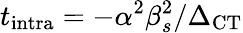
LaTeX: t_{\textrm{intra}}=-\alpha^{2}\beta_{s}^{2}/\Delta_{\textrm{CT}}